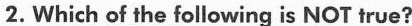
2.Which of the following is NOT true?